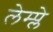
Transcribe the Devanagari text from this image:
लेम्प्ले